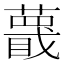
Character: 𬞱